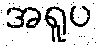
အရူပ